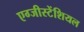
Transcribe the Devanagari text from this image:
एग्जीस्टेंशियल